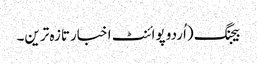
بیجنگ (اُردو پوائنٹ اخبارتازہ ترین۔